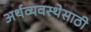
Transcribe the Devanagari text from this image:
अर्थव्यवस्थेसाठी